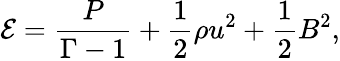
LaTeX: \mathcal{E}=\frac{P}{\Gamma-1}+\frac{1}{2}\rho u^{2}+\frac{1}{2}B^{2},